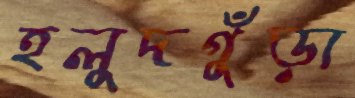
হলুদগুঁড়া